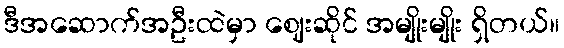
ဒီအဆောက်အဦးထဲမှာ ဈေးဆိုင် အမျိုးမျိုး ရှိတယ်။